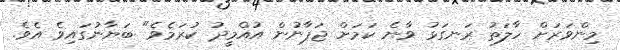
މިންވަރަށް ހާލަތު ރަނގަޅު ވާނެ ކަމަށް ޖަޕާނުން އުއްމީދު ކުރަމެވެ" ބަޔާނުގައިވެ އެވެ.